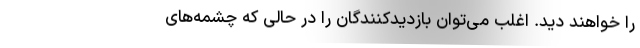
را خواهند دید. اغلب می‌توان بازدیدکنندگان را در حالی که چشمه‌های